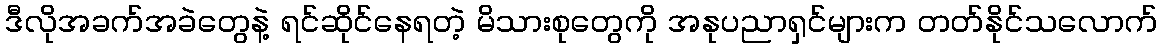
ဒီလိုအခက်အခဲတွေနဲ့ ရင်ဆိုင်နေရတဲ့ မိသားစုတွေကို အနုပညာရှင်များက တတ်နိုင်သလောက်